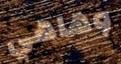
وهاهي